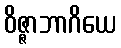
ဝိဇ္ဇာဘာဂိယေ